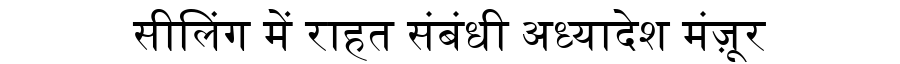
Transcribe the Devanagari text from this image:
सीलिंग में राहत संबंधी अध्यादेश मंज़ूर